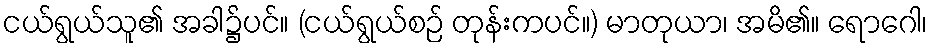
ငယ်ရွယ်သူ၏ အခါ၌ပင်။ (ငယ်ရွယ်စဉ် တုန်းကပင်။) မာတုယာ၊ အမိ၏။ ရောဂေါ၊